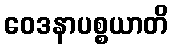
ဝေဒနာပစ္စယာတိ